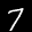
Label: 7